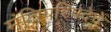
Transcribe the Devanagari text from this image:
मंत्रिपरिषदेचे